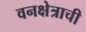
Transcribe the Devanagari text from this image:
वनक्षेत्राची